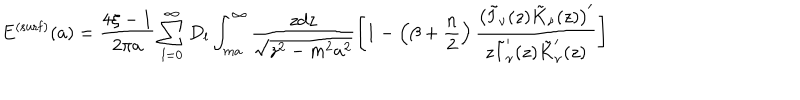
E ^ { \mathrm { ( s u r f ) } } ( a ) = \frac { 4 \xi - 1 } { 2 \pi a } \sum _ { l = 0 } ^ { \infty } D _ { l } \int _ { m a } ^ { \infty } \frac { z d z } { \sqrt { z ^ { 2 } - m ^ { 2 } a ^ { 2 } } } \left[ 1 - \left( \beta + \frac { n } { 2 } \right) \frac { \left( \tilde { I } _ { \nu } ( z ) \tilde { K } _ { \nu } ( z ) \right) ^ { \prime } } { z \tilde { I } _ { \nu } ^ { \prime } ( z ) \tilde { K } _ { \nu } ^ { \prime } ( z ) } \right] \;